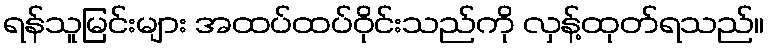
ရန်သူမြင်းများ အထပ်ထပ်ဝိုင်းသည်ကို လှန့်ထုတ်ရသည်။